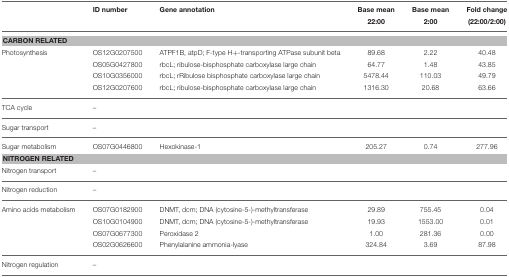
<table><thead><tr><td></td><td><b>ID number</b></td><td><b>Gene annotation</b></td><td><b>Base mean 22:00</b></td><td><b>Base mean 2:00</b></td><td><b>Fold change (22:00/2:00)</b></td></tr></thead><tbody><tr><td colspan="6"><b>CARBON RELATED</b></td></tr><tr><td>Photosynthesis</td><td>OS12G0207500</td><td>ATPF1B, atpD; F-type H+-transporting ATPase subunit beta</td><td>89.68</td><td>2.22</td><td>40.48</td></tr><tr><td></td><td>OS05G0427800</td><td>rbcL; ribulose-bisphosphate carboxylase large chain</td><td>64.77</td><td>1.48</td><td>43.85</td></tr><tr><td></td><td>OS10G0356000</td><td>rbcL; rRibulose bisphosphate carboxylase large chain</td><td>5478.44</td><td>110.03</td><td>49.79</td></tr><tr><td></td><td>OS12G0207600</td><td>rbcL; ribulose-bisphosphate carboxylase large chain</td><td>1316.30</td><td>20.68</td><td>63.66</td></tr><tr><td>TCA cycle</td><td>–</td><td></td><td></td><td></td><td></td></tr><tr><td>Sugar transport</td><td>–</td><td></td><td></td><td></td><td></td></tr><tr><td>Sugar metabolism</td><td>OS07G0446800</td><td>Hexokinase-1</td><td>205.27</td><td>0.74</td><td>277.96</td></tr><tr><td colspan="6"><b>NITROGEN RELATED</b></td></tr><tr><td>Nitrogen transport</td><td>–</td><td></td><td></td><td></td><td></td></tr><tr><td>Nitrogen reduction</td><td>–</td><td></td><td></td><td></td><td></td></tr><tr><td>Amino acids metabolism</td><td>OS07G0182900</td><td>DNMT, dcm; DNA (cytosine-5-)-methyltransferase</td><td>29.89</td><td>755.45</td><td>0.04</td></tr><tr><td></td><td>OS10G0104900</td><td>DNMT, dcm; DNA (cytosine-5-)-methyltransferase</td><td>19.93</td><td>1553.00</td><td>0.01</td></tr><tr><td></td><td>OS07G0677300</td><td>Peroxidase 2</td><td>1.00</td><td>281.36</td><td>0.00</td></tr><tr><td></td><td>OS02G0626600</td><td>Phenylalanine ammonia-lyase</td><td>324.84</td><td>3.69</td><td>87.98</td></tr><tr><td>Nitrogen regulation</td><td>–</td><td></td><td></td><td></td><td></td></tr></tbody></table>